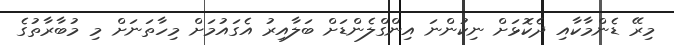
މިރޭ ޑެންމާކާއި ދެކޮޅަށް ނިކުންނަ އިންގްލެންޑަށް ބަލާއިރު އެގައުމަށް މިހާތަނަށް މި މުބާރާތުގެ